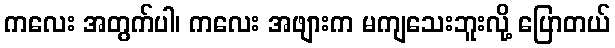
ကလေး အတွက်ပါ၊ ကလေး အဖျားက မကျသေးဘူးလို့ ပြောတယ်